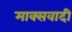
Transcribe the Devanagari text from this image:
माक्सवादी